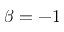
\beta = - 1